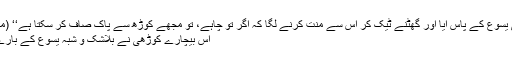
’’ایک کوڑھی یسوع کے پاس آیا اور گھٹنے ٹیک کر اُس سے منت کرنے لگا کہ اگر تو چاہے، تو مجھے کوڑھ سے پاک صاف کر سکتا ہے‘‘ (مرقس 1:40).
اِس بیچارے کوڑھی نے بلاشک و شُبہ یسوع کے بارے میں سُنا تھا۔